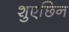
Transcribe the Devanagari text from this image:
शुएछिन